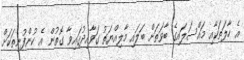
އެ ހާލަތަކާއި މައްސަލައިގެ ބާވަތަށް ބަލައި މާލިއްޔަތު ގަވާއިދުގައިވާ ގޮތުން އެ ކުންފުނިތަކަށް